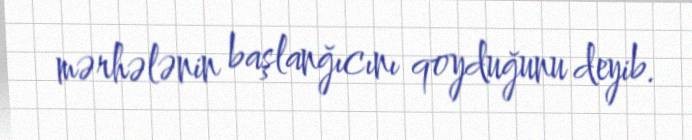
mərhələnin başlanğıcını qoyduğunu deyib.